Vaccine operations Central Provinces & Berar 1912-1920 - 1912-1920
Year: 1912
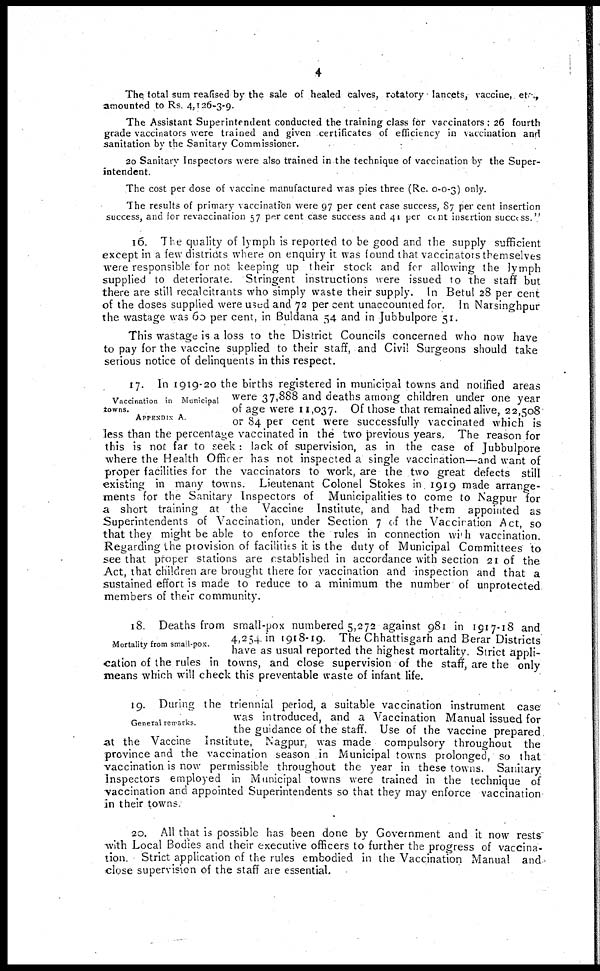
4
The total sum reafised by the sale of healed calves, rotatory lancets, vaccine, etc
amounted to Rs. 4,126-3-9.
The Assistant Superintendent conducted the training class for vaccinators ; 26 fourth
grade vaccinators were trained and given certificates of efficiency in vaccination and
sanitation by the Sanitary Commissioner.
20 Sanitary Inspectors were also trained in the technique of vaccination by the Super-
intendent.
The cost per dose of vaccine manufactured was pies three (Re. 0-0-3) only.
The results of primary vaccination were 97 per cent case success, 87 per cent insertion
success, and for revaccination 57 per cent case success and 41 per cent insertion success."
16. The quality of lymph is reported to be good and the supply sufficient
except in a few districts where on enquiry it was found that vaccinators themselves
were responsible for not keeping up their stock and for allowing the lymph
supplied to deteriorate. Stringent instructions were issued to the staff but
there are still recalcitrants who simply waste their supply. In Betul 28 per cent
of the doses supplied were used and 72 per cent unaccounted for. In Narsinghpur
the wastage was 60 per cent, in Buldana 54 and in Jubbulpore 51.
This wastage is a loss to the District Councils concerned who now have
to pay for the vaccine supplied to their staff, and Civil Surgeons should take
serious notice of delinquents in this respect.
Vaccination in Municipal
towns.
APPENDIX A.
17. In 1919-20 the births registered in municipal towns and notified areas
were 37,888 and deaths among children under one year
of age were 11,037. Of those that remained alive, 22,508
or 84 per cent were successfully vaccinated which is
less than the percentage vaccinated in the two previous years. The reason for
this is not far to seek: lack of supervision, as in the case of Jubbulpore
where the Health Officer has not inspected a single vaccination—and want of
proper facilities for the vaccinators to work, are the two great defects still
existing in many towns. Lieutenant Colonel Stokes in 1919 made arrange-
ments for the Sanitary Inspectors of Municipalities to come to Nagpur for
a short training at the Vaccine Institute, and had them appointed as
Superintendents of Vaccination, under Section 7 of the Vacciration Act, so
that they might be able to enforce the rules in connection with vaccination.
Regarding the provision of facilities it is the duty of Municipal Committees to
see that proper stations are established in accordance with section 21 of the
Act, that children are brought there for vaccination and inspection and that a
sustained effort is made to reduce to a minimum the number of unprotected
members of their community.
Mortality from small-pox.
18. Deaths from small-pox numbered 5,272 against 981 in 1917-18 and
4,254 in 1918-19. The Chhattisgarh and Berar Districts
have as usual reported the highest mortality. Strict appli-
cation of the rules in towns, and close supervision of the staff, are the only
means which will check this preventable waste of infant life.
General remarks.
19. During the triennial period, a suitable vaccination instrument case
was introduced, and a Vaccination Manual issued for
the guidance of the staff. Use of the vaccine prepared
at the Vaccine institute, Nagpur, was made compulsory throughout the
province and the vaccination season in Municipal towns prolonged, so that
vaccination is now permissible throughout the year in these towns. Sanitary
Inspectors employed in Municipal towns were trained in the technique of
vaccination and appointed Superintendents so that they may enforce vaccination
in their towns.
20. All that is possible has been done by Government and it now rests
with Local Bodies and their executive officers to further the progress of vaccina-
tion. Strict application of the rules embodied in the Vaccination Manual and
close supervision of the staff are essential.